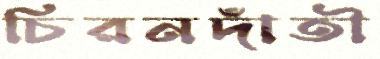
চিরনদাঁতী